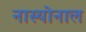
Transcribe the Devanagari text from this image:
नास्योनाल